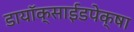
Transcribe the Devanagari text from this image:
डायॉक्साईडपेक्षा